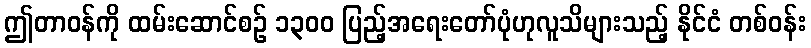
ဤတာဝန်ကို ထမ်းဆောင်စဉ် ၁၃၀၀ ပြည့်အရေးတော်ပုံဟုလူသိများသည့် နိုင်ငံ တစ်ဝန်း